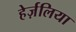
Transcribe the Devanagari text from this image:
हेर्ज़लिया